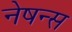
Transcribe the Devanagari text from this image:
नेषन्स